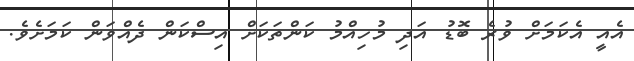
އެއީ އެކަމަށް ވުރެ ބޮޑު އަދި މުހިއްމު ކަންތަކަށް އިސްކަން ދެއްވަން ކަމަށެވެ.